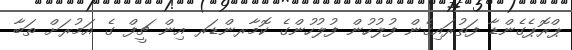
ޕްރޮޕެގެންޑާ ފަތުރައިގެން ފުލުހުން ފުލުހުންގެ ކޮމާރންޑަރ އިން ޗީފް ގެ އަމުރަށް ތަބާ